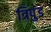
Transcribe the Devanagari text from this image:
त्रिपुंड